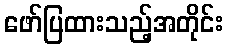
ဖော်ပြထားသည့်အတိုင်း